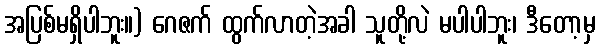
အပြစ်မရှိပါဘူး။) ဂေဇက် ထွက်လာတဲ့အခါ သူတို့လဲ မပါပါဘူး၊ ဒီတော့မှ